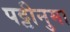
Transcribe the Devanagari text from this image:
पट्टीनुमा